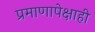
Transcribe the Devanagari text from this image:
प्रमाणापेक्षाही